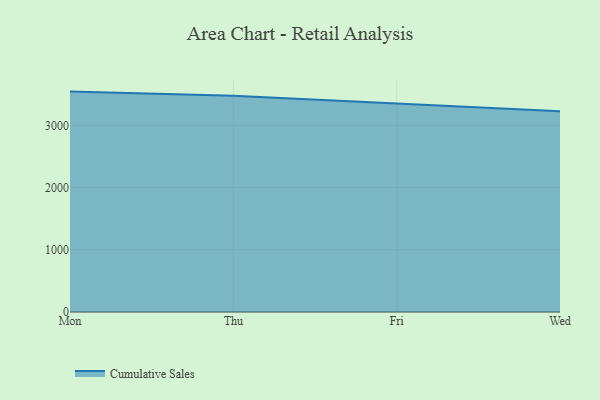
{"axis": {"x": "Day", "y": "Demand Index"}, "legend": ["Cumulative Sales"], "data": [{"x": "Mon", "y": 3543.4, "type": "Cumulative Sales"}, {"x": "Thu", "y": 3474.7, "type": "Cumulative Sales"}, {"x": "Fri", "y": 3353.6, "type": "Cumulative Sales"}, {"x": "Wed", "y": 3226.2, "type": "Cumulative Sales"}]}